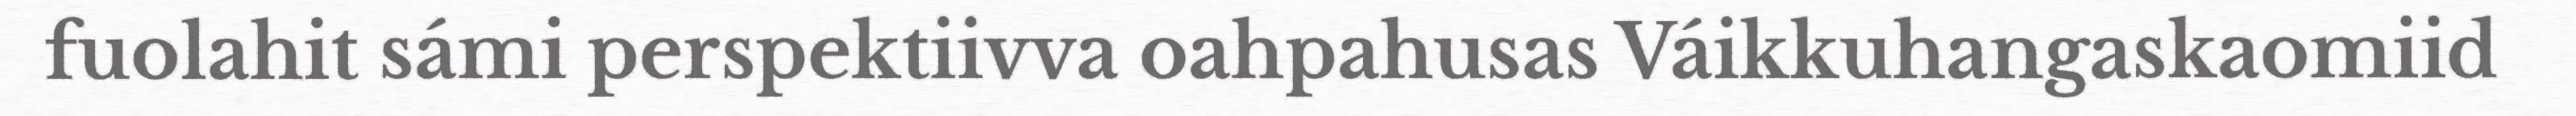
fuolahit sámi perspektiivva oahpahusas Váikkuhangaskaomiid